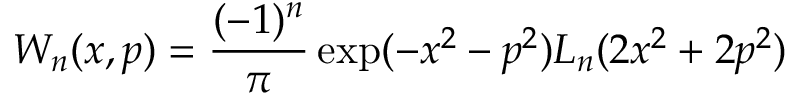
W _ { n } ( x , p ) = \frac { ( - 1 ) ^ { n } } { \pi } \exp ( - x ^ { 2 } - p ^ { 2 } ) L _ { n } ( 2 x ^ { 2 } + 2 p ^ { 2 } )